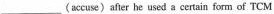
___ (accuse) after he used a certain form of TCM